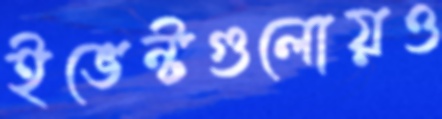
ইভেন্টগুলোয়ও